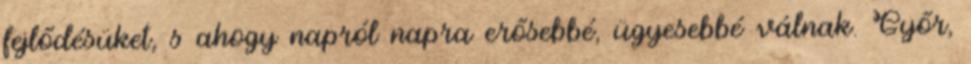
fejlődésüket, s ahogy napról napra erősebbé, ügyesebbé válnak. Győr,